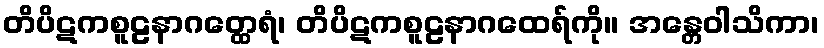
တိပိဋကစူဠနာဂတ္ထေရံ၊ တိပိဋကစူဠနာဂထေရ်ကို။ အန္တေဝါသိကာ၊